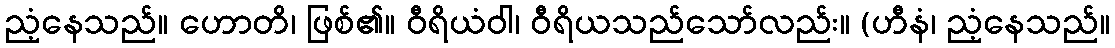
ညံ့နေသည်။ ဟောတိ၊ ဖြစ်၏။ ဝီရိယံဝါ၊ ဝီရိယသည်သော်လည်း။ (ဟီနံ၊ ညံ့နေသည်။